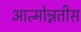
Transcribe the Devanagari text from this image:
आत्मोन्नतीस